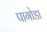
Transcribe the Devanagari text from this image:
पागोडा